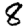
Digit: 8